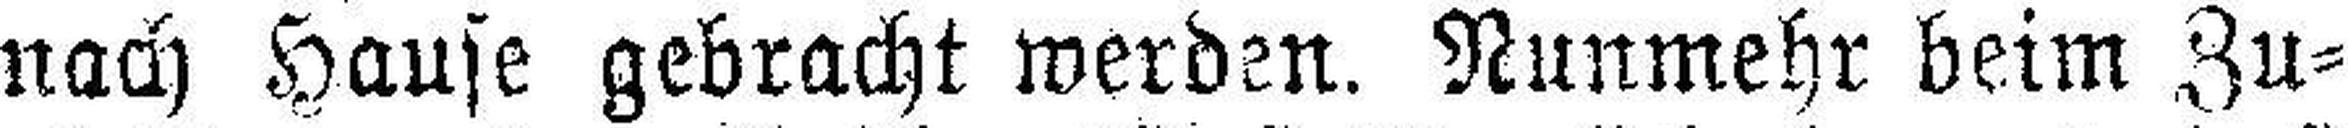
nach Hause gebracht werden. Nunmehr beim Zu¬